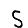
Digit: 5